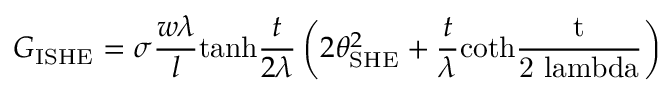
G _ { \mathrm { I S H E } } = \sigma \frac { w \lambda } { l } \mathrm { t a n h } \frac { t } { 2 \lambda } \left( 2 \theta _ { \mathrm { S H E } } ^ { 2 } + \frac { t } { \lambda } \mathrm { c o t h \frac { t } { 2 \ l a m b d a } } \right)